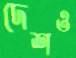
দেশও